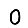
Digit: 0